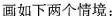
画如下两个情境：